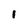
Character: l